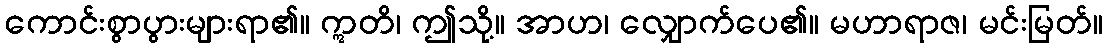
ကောင်းစွာပွားများရာ၏။ ဣတိ၊ ဤသို့။ အာဟ၊ လျှောက်ပေ၏။ မဟာရာဇ၊ မင်းမြတ်။